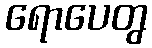
ရောပေတွ